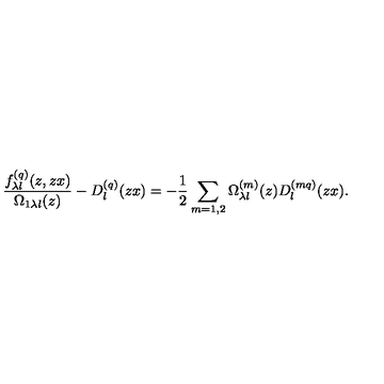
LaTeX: \frac { f _ { \lambda l } ^ { ( q ) } ( z , z x ) } { \Omega _ { 1 \lambda l } ( z ) } - D _ { l } ^ { ( q ) } ( z x ) = - \frac { 1 } { 2 } \sum _ { m = 1 , 2 } \Omega _ { \lambda l } ^ { ( m ) } ( z ) D _ { l } ^ { ( m q ) } ( z x ) .